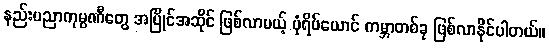
နည်းပညာကုမ္ပဏီတွေ အပြိုင်အဆိုင် ဖြစ်လာမယ့် ပုံရိပ်ယောင် ကမ္ဘာတစ်ခု ဖြစ်လာနိုင်ပါတယ်။